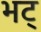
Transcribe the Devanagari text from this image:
भट्